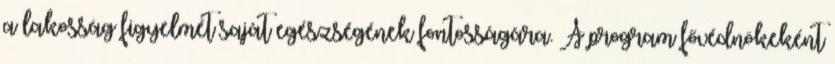
a lakosság figyelmét saját egészségének fontosságára. A program fővédnökeként